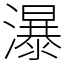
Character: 瀑